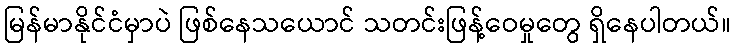
မြန်မာနိုင်ငံမှာပဲ ဖြစ်နေသယောင် သတင်းဖြန့်ဝေမှုတွေ ရှိနေပါတယ်။